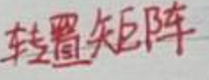
转置矩阵